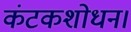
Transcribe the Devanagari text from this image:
कंटकशोधन।